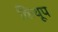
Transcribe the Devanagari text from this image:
किंथूप